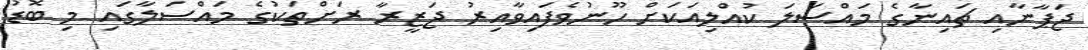
ޖަޕާނާއި ޗައިނާގެ މައްސަލަ ކުއްލިއަކަށް ހޫނުވެފައިވާއިރު ޖަޒީރާ ރަށްތަކުގެ މައްސަލާގައި މި ބޮޑު